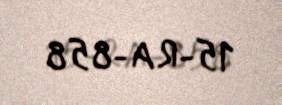
15-RA-858